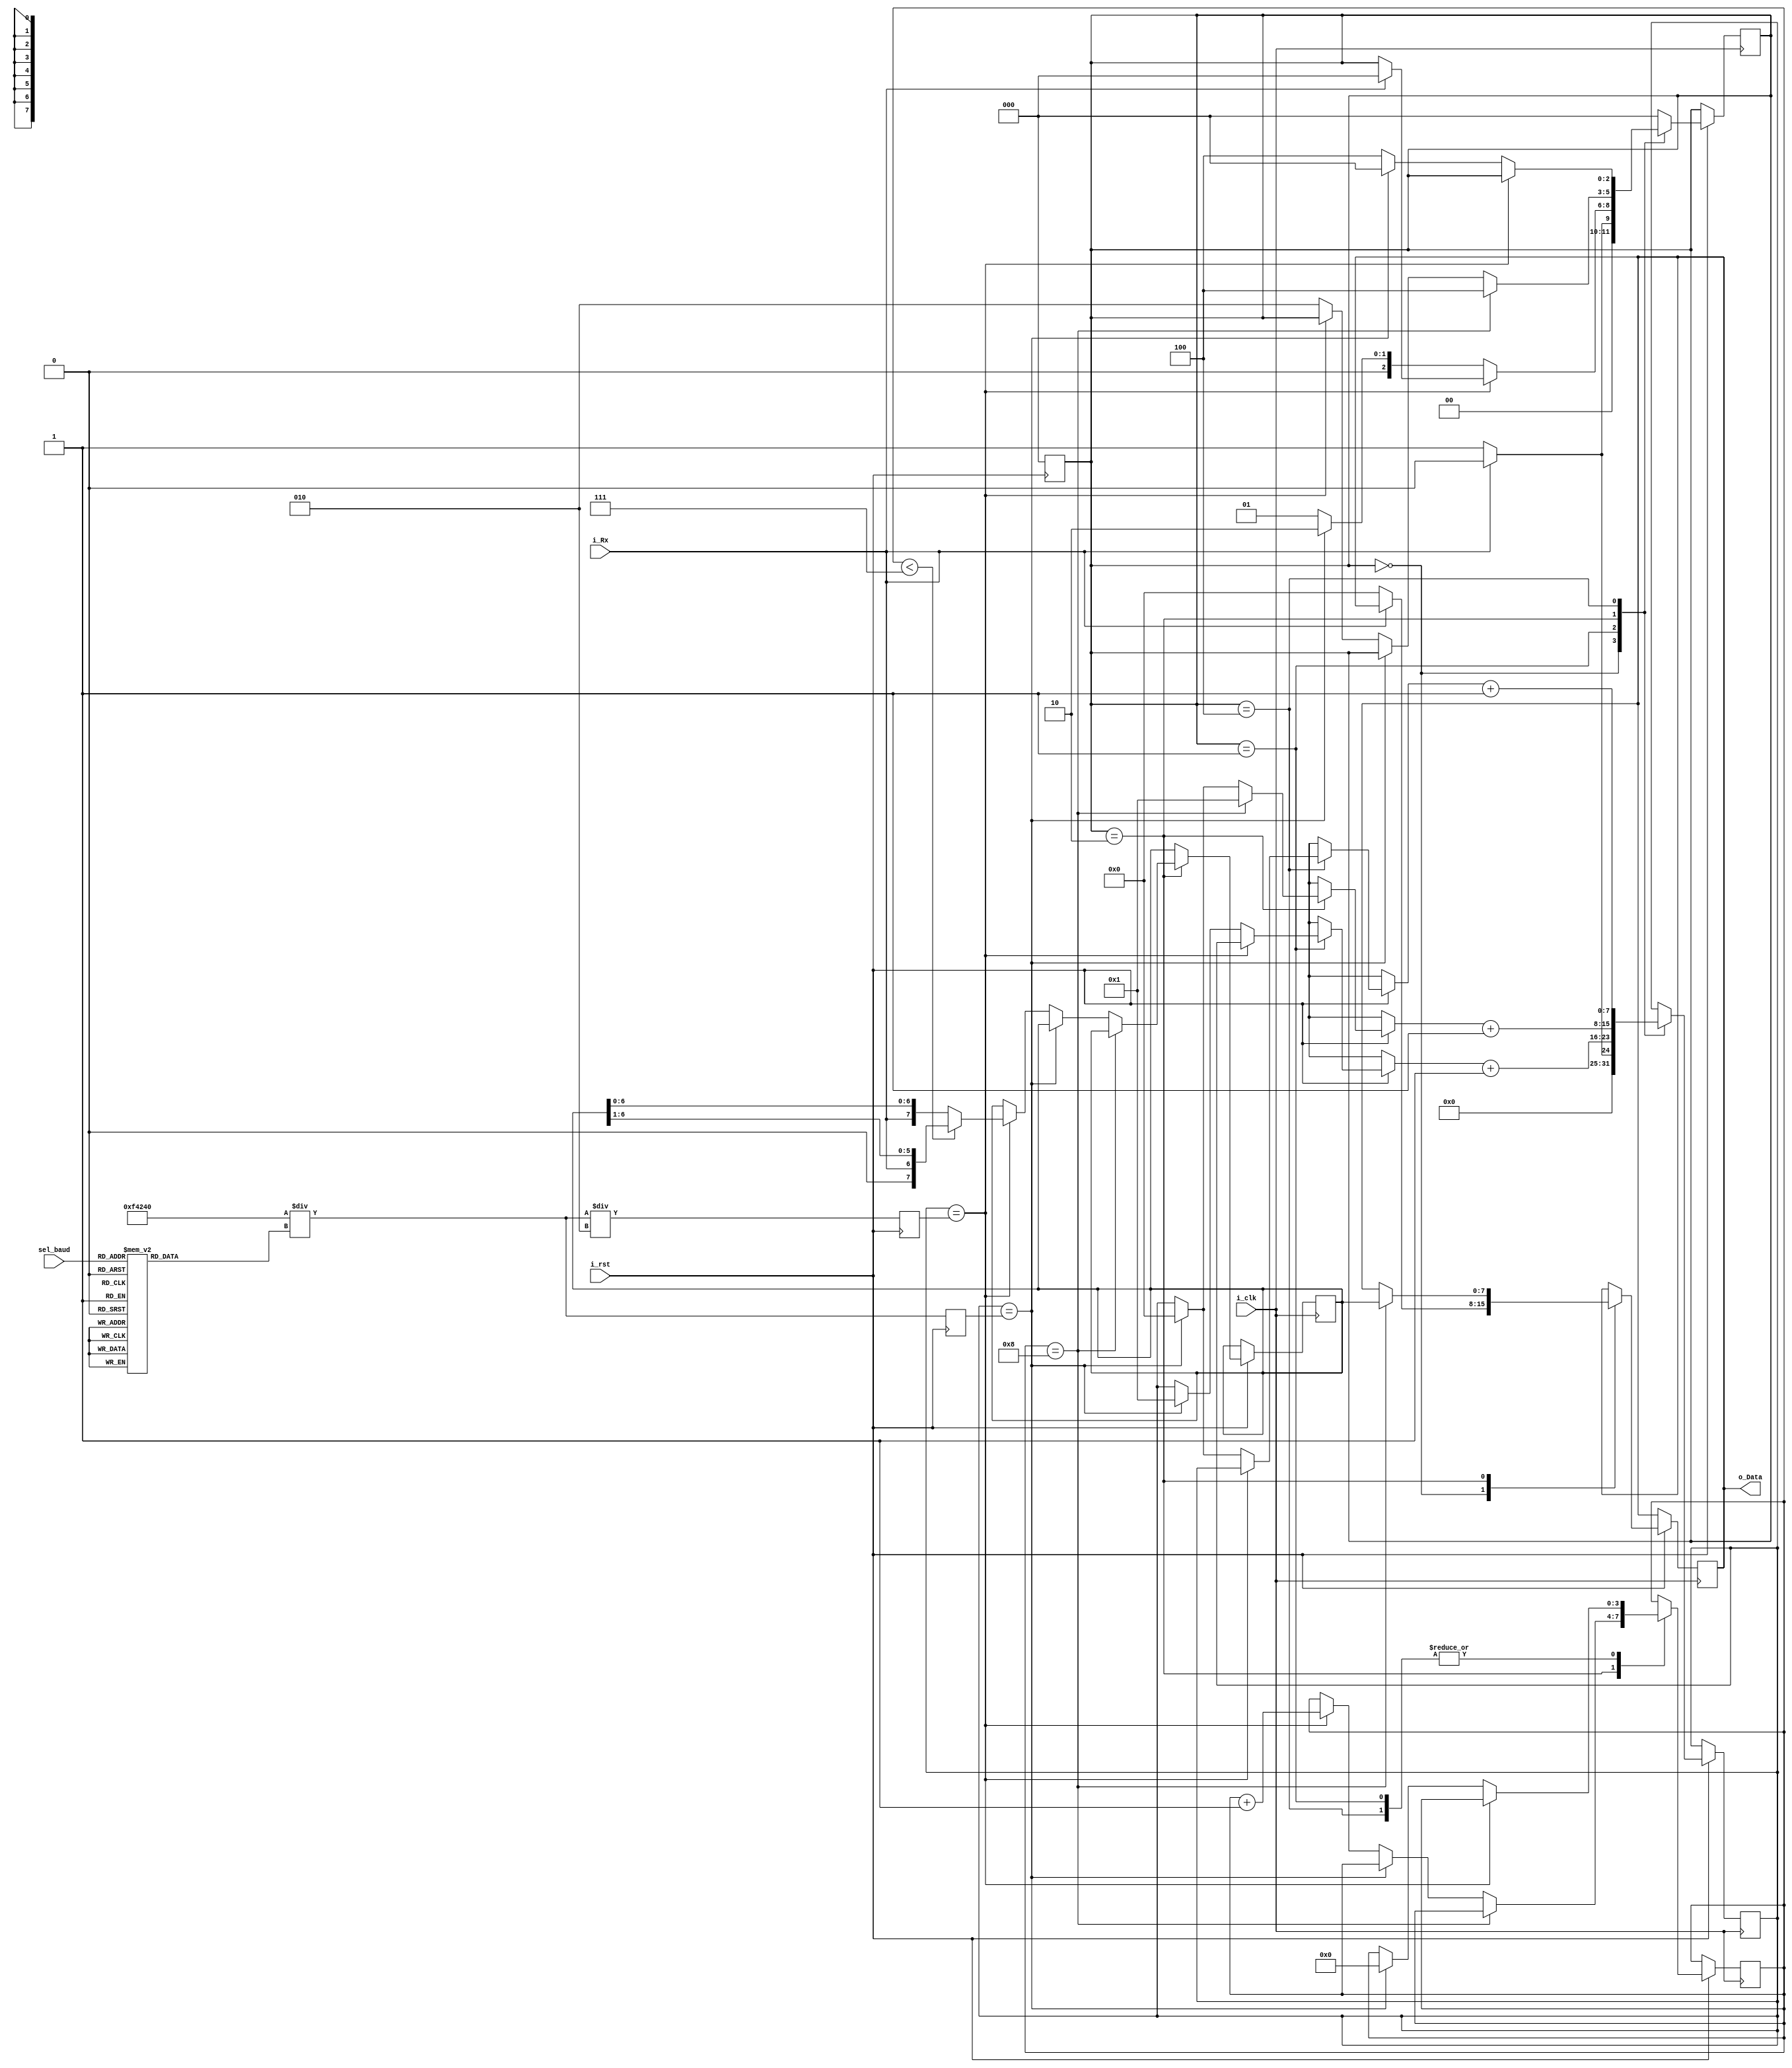
module rx_uart(
	input i_clk,
	input i_rst,
	input [3:0] sel_baud,
	input i_Rx,
	output reg [7:0] o_Data
	);
	integer baud_rate;
	integer hold_len;
	integer sample;
	//parameter baud_rate = 9600; //bits per second, must be same on Tx and Rx 
	//parameter hold_len = 1000000/baud_rate; //clocks the bits are valid for. Default 100mHz i_clk
	//parameter hold_len = 5;
	//parameter sample = (hold_len - 1) /2;
	parameter clk_freq = 1000000; //Need to know internal clock frequency to configure sample time 
	
	parameter IDLE = 0;
	parameter START = 1;
	parameter DATA = 2;
	parameter PARITY = 3;
	parameter STOP = 4;
	reg [7:0] temp;
	reg [2:0] Rx_state;
	reg [7:0] clk_count;
	reg [3:0] data_count;
	always @(posedge i_clk) begin
		//$display("State = %3b", Rx_state);
		if (i_rst) begin
			case (Rx_state)
				IDLE: begin
					clk_count <= 0;
					if (~i_Rx) begin //Check for Rx pulldown to start
						//$display("[%0t] Start bit recieved", $time);
						Rx_state <= START;
						o_Data = 0;
						clk_count <= 1;
						end
					else begin
						Rx_state <= IDLE;
					end
				end
				START: begin
					if (clk_count == sample) begin //check in the middle of the signal
						if(i_Rx) begin	
							Rx_state <= IDLE;
							//$display("%b i_Rx", i_Rx);
							//$display("[%0t] Sample = %d Return to Idle", $time, sample);
						end
					end
					else if (clk_count == hold_len) begin //Finish start bit period
						//$display("Moving to DATA recieve");
						Rx_state <= DATA;
						clk_count = 1;
						data_count = 0;
					end
					else begin
						Rx_state <= START;
					end
					clk_count <= clk_count + 1;
				end
				DATA: begin
					if(data_count == 8) begin //data frame completed
						Rx_state <= STOP;
						clk_count = 1;
						o_Data = temp;
						$display("Done recieving");
						//$display("%7b", o_Data);
						end
					else if (clk_count == hold_len) begin
						clk_count = 0;
						//$display("One bit complete");
						end
					else if(clk_count == sample) begin
						//$display("sampling: %b", i_Rx);
						//o_Data[7] = i_Rx; //LSB received first, MSB recieved last
						temp[7] = i_Rx; //LSB received first, MSB recieved last
						if(data_count < 7) begin
							temp  = temp >> 1; //RSH to make room for next data
						end
						data_count = data_count + 1;
						end
					else begin
						Rx_state <= DATA;
					end
					clk_count = clk_count + 1;
				end
				STOP: begin
					if (clk_count == sample) begin //check in the middle of the signal
						if(~i_Rx) begin	
							//TODO error handler
							//$display("%b i_Rx", i_Rx);
							//display("[%0t] Sample = %d Return to Idle", $time, sample);
						end
					end
					else if (clk_count == hold_len) begin //Finish start bit period
						//$display("STOP bit recieved");
						//$display("Return to IDLE");
						Rx_state <= IDLE;
						clk_count = 0;
						data_count = 0;
					end
					else begin
						Rx_state <= STOP;
					end
					clk_count <= clk_count + 1;
				end
				default: Rx_state <= IDLE;
			endcase
		end
	end
	always @(negedge i_rst) begin
		$display("[%0t] Resetting..", $time);
		case (sel_baud) 
			4'b0000: baud_rate = 9600;
			4'b0001: baud_rate = 110;
			4'b0010: baud_rate = 300;
			4'b0011: baud_rate = 600;
			4'b0100: baud_rate = 1200;
			4'b0101: baud_rate = 2400;
			4'b0110: baud_rate = 4800;
			4'b0111: baud_rate = 14400;
			4'b1000: baud_rate = 19200;
			4'b1001: baud_rate = 38400;
			4'b1010: baud_rate = 57600;
			4'b1011: baud_rate = 115200;
			4'b1100: baud_rate = 128000;
			4'b1101: baud_rate = 256000;
			default: baud_rate = 9600;
		endcase
		hold_len = clk_freq / baud_rate;
		sample = hold_len / 2;
		$display("Internal Clock frequency is %d", clk_freq);
		$display("Baud rate is %d", baud_rate);
		$display("Sampling at %d", sample);
		Rx_state <= IDLE;
	end 
endmodule